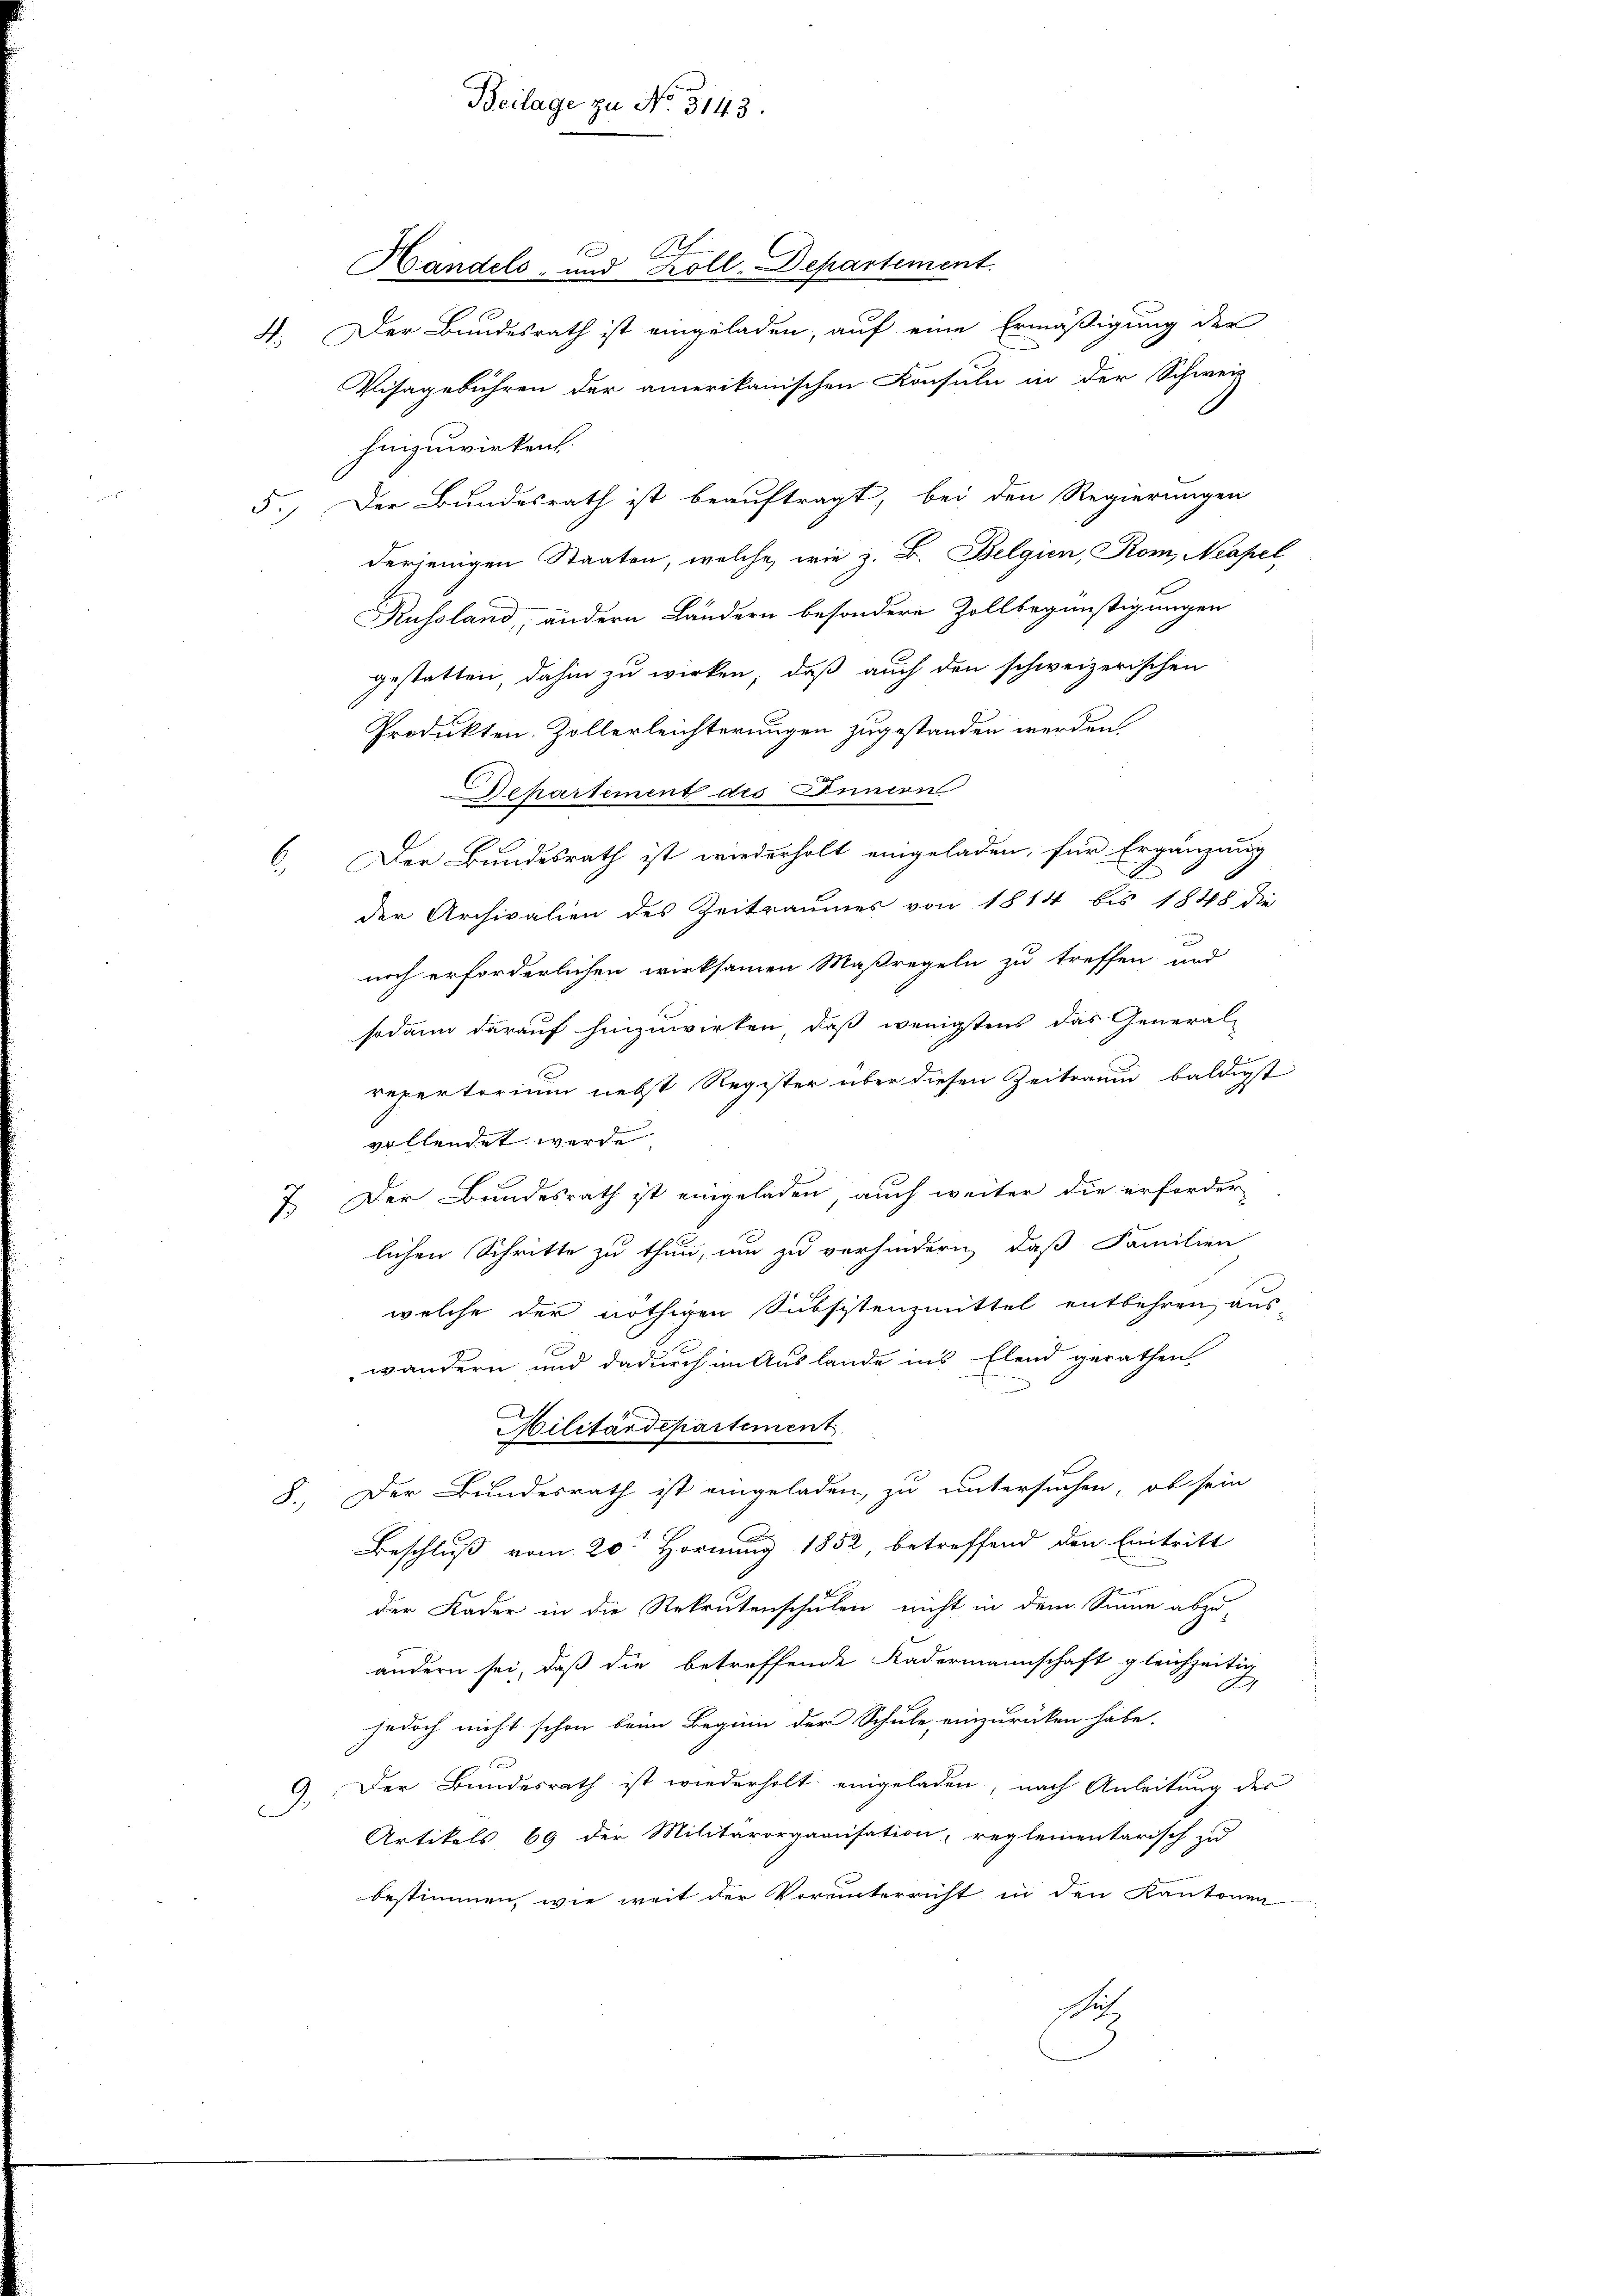
Der Bundesrath ist eingeladen, auf eine Ermäßigung der
.
Visagebühren der amerikanischen Konsuln in der Schweiz
hinzuwirken
5.) Der Bundesrath ist beauftragt, bei den Regierungen
derjenigen Staaten, welche, wie z. B. Belgien, Rom, Neapel
Kussland, andern Ländern besondere Zollbegünstigungen
gestatten, dahin zu wirken, daß auch den schweizerischen
Produkten. Zollerleichterungen zugestanden werden
Departement des Junion
u
6. Der Bundesrath ist wiederholt eingeladen, für Ergänzung
der Archivalien des Zeitraumes von 1814 bis 1848 die
noch erforderlichen wirksamen Maßregeln zu treffen und
sodann darauf hinzuwirken, daß wenigstens das General-
repertorium nebst Register über diesen Zeitraum baldigst
vollendet werde
7. Der Bundesrath ist eingeladen, auch weiter die erforder
lichen Schritte zu thun, um zu verhindern, daß Familien
welche der nöthigen Subsitenzmittel entbehren, aus-
wandern und dadurch im Auslande ins Elend gerathen
Militärdepartement
8. Der Bundesrath ist eingeladen, zu untersuchen, ob sein
Beschluß vom 20t Hornung 1852, betreffend den Eintritt
2
der Kader in die Rekrutenschulen nicht in dem Sinne abzu-
ändern sei, daß die betreffende Kadermannschaft gleichzeitig
jedoch nicht schon beim Beginn der Schule einzurücken habe.
e
Der Bundesrath ist wiederholt eingeladen, nach Anleitung der
Artikels 69 der Militärorganisation, reglementarisch zu
bestimmen, wie weit der Vorunterricht in den Kantonen
u

Beilage zu No. 3143.

Handels- und Koll-Departement.